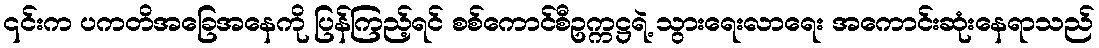
၎င်းက ပကတိအခြေအနေကို ပြန်ကြည့်ရင် စစ်ကောင်စီဥက္ကဋ္ဌရဲ့ သွားရေးလာရေး အကောင်းဆုံးနေရာသည်